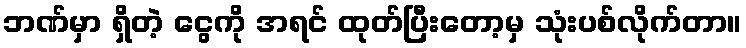
ဘဏ်မှာ ရှိတဲ့ ငွေကို အရင် ထုတ်ပြီးတော့မှ သုံးပစ်လိုက်တာ။